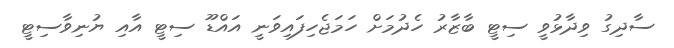
ސާދިގު ވިދާޅުވީ ސިޓީ ބާޒާރު ހެދުމަށް ހަމަޖެހިފައިވަނީ އައްޑޫ ސިޓީ އާއި ޔުނިވާސިޓީ